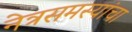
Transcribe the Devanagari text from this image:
नेत्रसमस्यांचा